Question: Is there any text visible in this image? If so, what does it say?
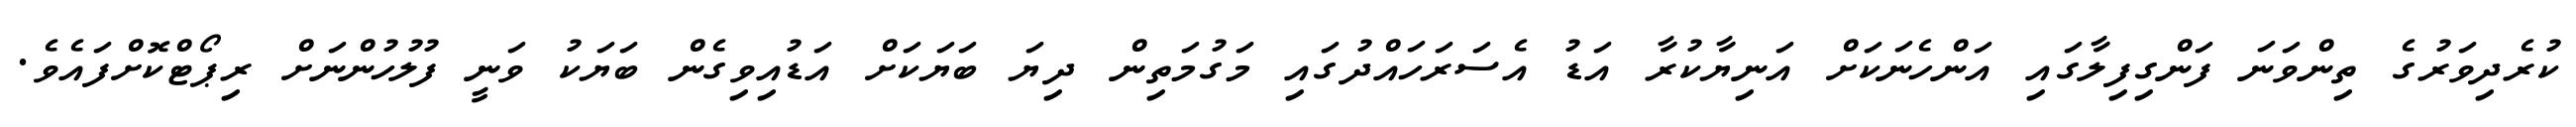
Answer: ކުރެދިވަރުގެ ތިންވަނަ ފަންގިފިލާގައި އަންހެނަކަށް އަނިޔާކުރާ އަޑު އެސަރަހައްދުގައި މަގުމަތިން ދިޔަ ބަޔަކަށް އަޑުއިވިގެން ބަޔަކު ވަނީ ފުލުހުންނަށް ރިޕޯޓްކޮށްފައެވެ.